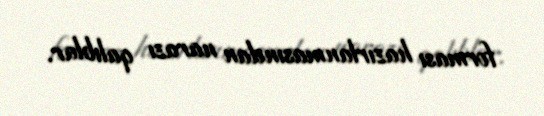
forması hazırlanmasından narazı qalıblar.